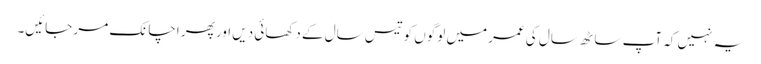
یہ نہیں کہ آپ ساٹھ سال کی عمر میں لوگوں کو تیس سال کے دکھائی دیں اور پھر اچانک مر جائیں۔